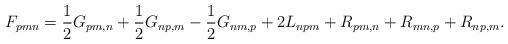
LaTeX: \begin{align*} F_{pmn}=\frac{1}{2}G_{pm,n}+\frac{1}{2}G_{np,m}- \frac{1}{2}G_{nm,p}+2L_{npm}+R_{pm,n}+R_{mn,p}+R_{np,m}. \end{align*}